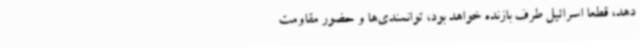
دهد، قطعا اسرائیل طرف بازنده خواهد بود، توانمندی‌ها و حضور مقاومت